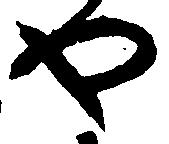
や